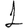
Digit: 1